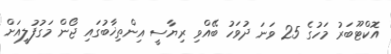
އޮކްޓޫބަރު މަހުގެ 25 ވަނަ ދުވަހު ބޭއްވި ރިޔާސީ އިންތިޚާބުގައި ޖޯން މަގުފުލީއަށް